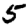
Digit: 5